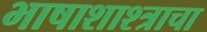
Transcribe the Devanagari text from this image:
भाषाशाश्त्राचा